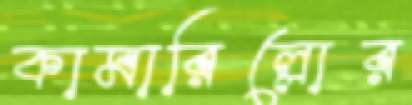
কামারিল্লোর